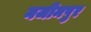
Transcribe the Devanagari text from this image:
नजीमपुर